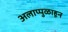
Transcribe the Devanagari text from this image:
अलाप्पुळाहून